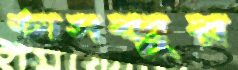
তাসব্বুর